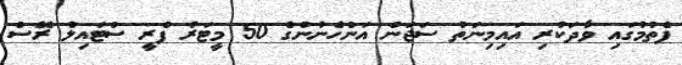
ފެތުމުގައި ވާދަކުރި އައިމިނަތު ސަޖަން އަންހެނުންގެ 50 މީޓަރު ފްރީ ސްޓައިލް ރޭސް